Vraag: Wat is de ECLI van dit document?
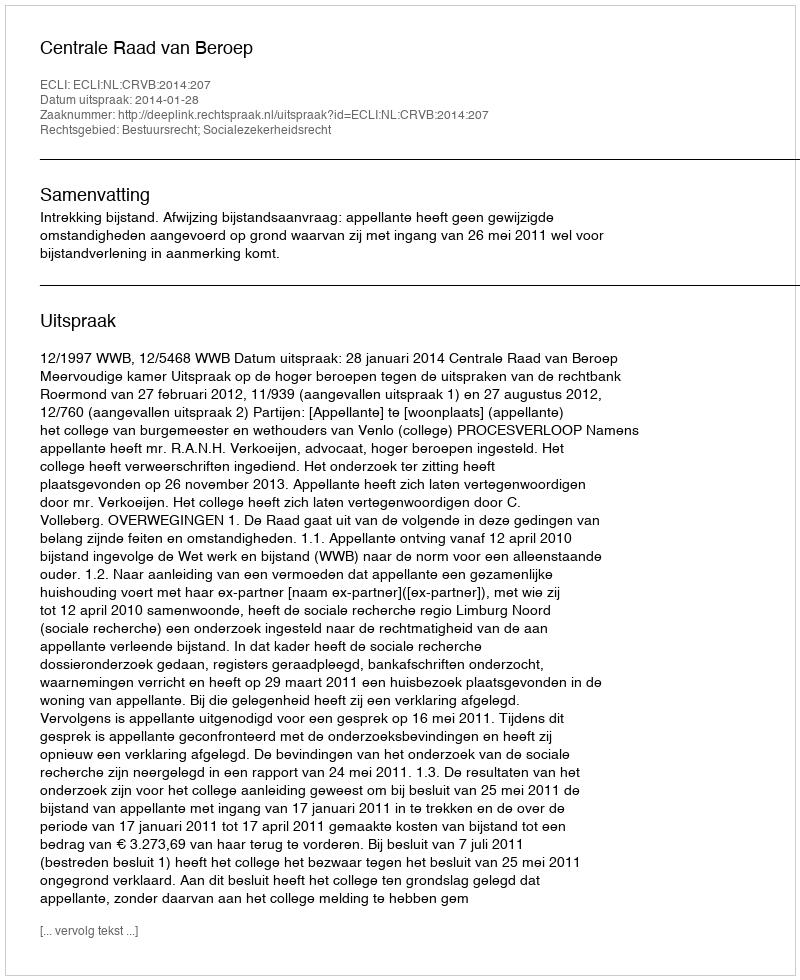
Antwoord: ECLI:NL:CRVB:2014:207